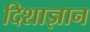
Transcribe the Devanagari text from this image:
दिशाज्ञान